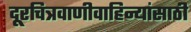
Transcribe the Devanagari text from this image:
दूरचित्रवाणीवाहिन्यांसाठी